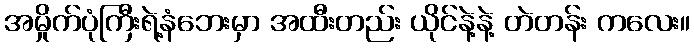
အမှိုက်ပုံကြီးရဲ့နံဘေးမှာ အထီးတည်း ယိုင်နဲ့နဲ့ တဲတန်း ကလေး။